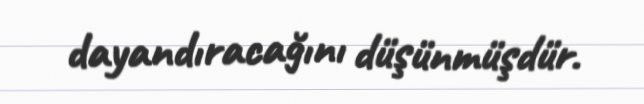
dayandıracağını düşünmüşdür.